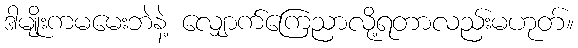
ဒါမျိုးကမမေးဘဲနဲ့ လျှောက်ကြေညာလို့ရတာလည်းမဟုတ်။